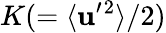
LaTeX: K(=\langle{{\textbf{u}}^{\prime}{}^{2}}\rangle/2)